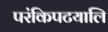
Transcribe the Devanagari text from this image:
परंकिपटयालि